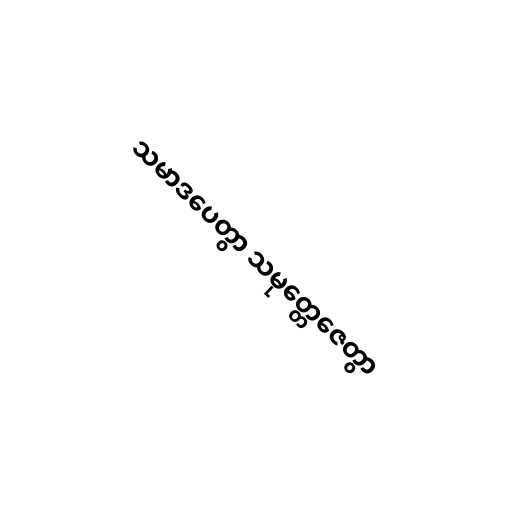
သမာဒပေတွာ သမုတ္တေဇေတွာ